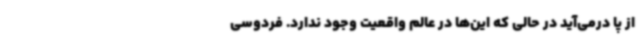
از پا درمی‌آید در حالی که این‌ها در عالم واقعیت وجود ندارد. فردوسی